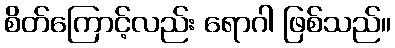
စိတ်ကြောင့်လည်း ရောဂါ ဖြစ်သည်။